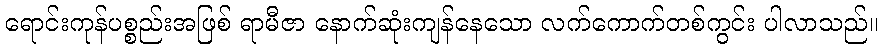
ရောင်းကုန်ပစ္စည်းအဖြစ် ရာမီဇာ နောက်ဆုံးကျန်နေသော လက်ကောက်တစ်ကွင်း ပါလာသည်။